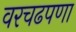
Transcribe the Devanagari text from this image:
वरचढपणा